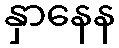
နှာနေန